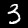
Digit: 3